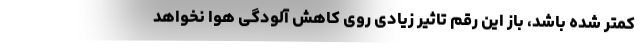
کمتر شده باشد، باز این رقم تاثیر زیادی روی کاهش آلودگی هوا نخواهد